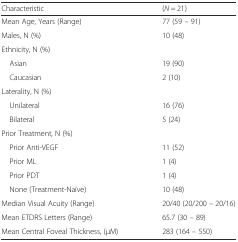
<table><thead><tr><td><b>Characteristic</b></td><td><b>(<i>N</i> = 21)</b></td></tr></thead><tbody><tr><td>Mean Age, Years (Range)</td><td>77 (59 – 91)</td></tr><tr><td>Males, N (%)</td><td>10 (48)</td></tr><tr><td colspan="2">Ethnicity, N (%)</td></tr><tr><td> Asian</td><td>19 (90)</td></tr><tr><td> Caucasian</td><td>2 (10)</td></tr><tr><td colspan="2">Laterality, N (%)</td></tr><tr><td> Unilateral</td><td>16 (76)</td></tr><tr><td> Bilateral</td><td>5 (24)</td></tr><tr><td colspan="2">Prior Treatment, N (%)</td></tr><tr><td> Prior Anti-VEGF</td><td>11 (52)</td></tr><tr><td> Prior ML</td><td>1 (4)</td></tr><tr><td> Prior PDT</td><td>1 (4)</td></tr><tr><td> None (Treatment-Naïve)</td><td>10 (48)</td></tr><tr><td>Median Visual Acuity (Range)</td><td>20/40 (20/200 – 20/16)</td></tr><tr><td>Mean ETDRS Letters (Range)</td><td>65.7 (30 – 89)</td></tr><tr><td>Mean Central Foveal Thickness, (μM)</td><td>283 (164 – 550)</td></tr></tbody></table>